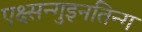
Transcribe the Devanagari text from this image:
एक्ष्सन्गुइनतिन्ग